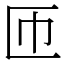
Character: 匝